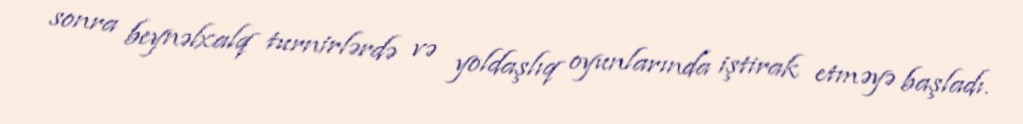
sonra beynəlxalq turnirlərdə və yoldaşlıq oyunlarında iştirak etməyə başladı.